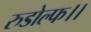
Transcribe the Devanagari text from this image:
रुडोल्फ।।